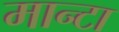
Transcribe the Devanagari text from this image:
मान्टा